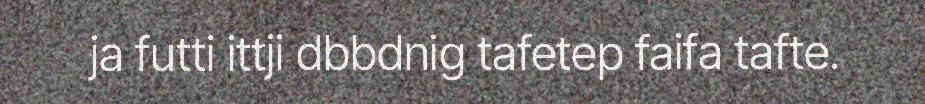
ja futti ittji dbbdnig tafetep faifa tafte.